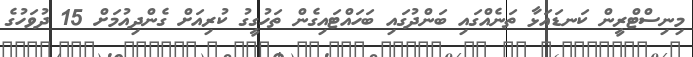
މިނިސްޓްރީން ކަނޑައަޅާ ތަނެއްގައި ބަންދުގައި ބަހައްޓައިގެން ތަހުގީގު ކުރިއަށް ގެންދިއުމަށް 15 ދުވަހުގެ